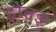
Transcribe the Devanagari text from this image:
होतई